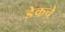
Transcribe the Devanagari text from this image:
डेकचे